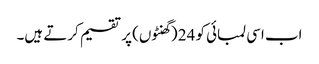
اب اسی لمبائی کو 24 (گھنٹوں) پر تقسیم کرتے ہیں۔